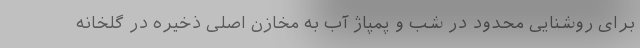
برای روشنایی محدود در شب و پمپاژ آب به مخازن اصلی ذخیره در گلخانه